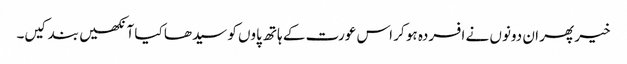
خیر پھر ان دونوں نے افسردہ ہو کر اس عورت کے ہاتھ پاوں کو سیدھا کیا آنکھیں بند کیں۔